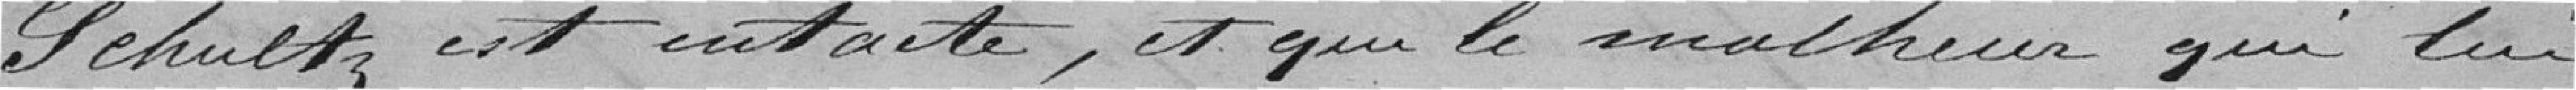
Schultz est intacte, et que le malheur qui lui